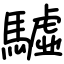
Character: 驉